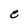
Character: e